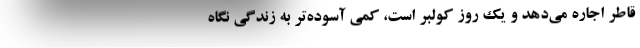
قاطر اجاره مي‌دهد و يك روز كولبر است، كمي آسوده‌تر به زندگي نگاه